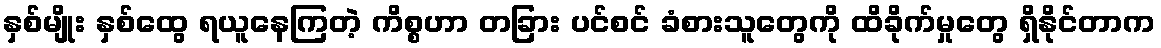
နှစ်မျိုး နှစ်ထွေ ရယူနေကြတဲ့ ကိစ္စဟာ တခြား ပင်စင် ခံစားသူတွေကို ထိခိုက်မှုတွေ ရှိနိုင်တာက